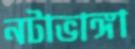
নটাভাঙ্গা